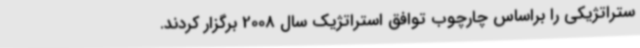
ستراتژیکی را براساس چارچوب توافق استراتژیک سال 2008 برگزار کردند.